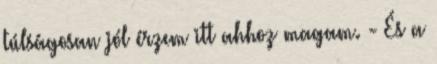
túlságosan jól érzem itt ahhoz magam. - És a